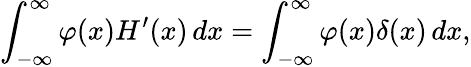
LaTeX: \int_{-\infty}^{\infty}\varphi(x)H^{\prime}(x)\, dx=\int_{-\infty}^{\infty}\varphi(x)\delta(x)\, dx,